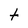
Character: t